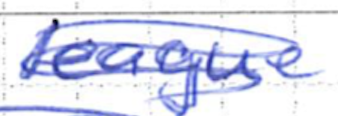
Text: league
Cross-out: mix
Writing tool: ballpoint